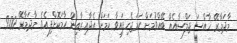
މާދަމާރޭ ޚާއްސަ ޖަލްސާއެއް ބޭއްވުމަށް ހަމަޖެހިފައިވާ ކަމަށް އެދާއިރާއިން ހާމަކޮށްފިއެވެ. މާދަމާރޭ 9.00